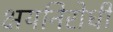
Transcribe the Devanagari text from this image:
क्षयनिरोधी